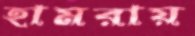
হামরায়